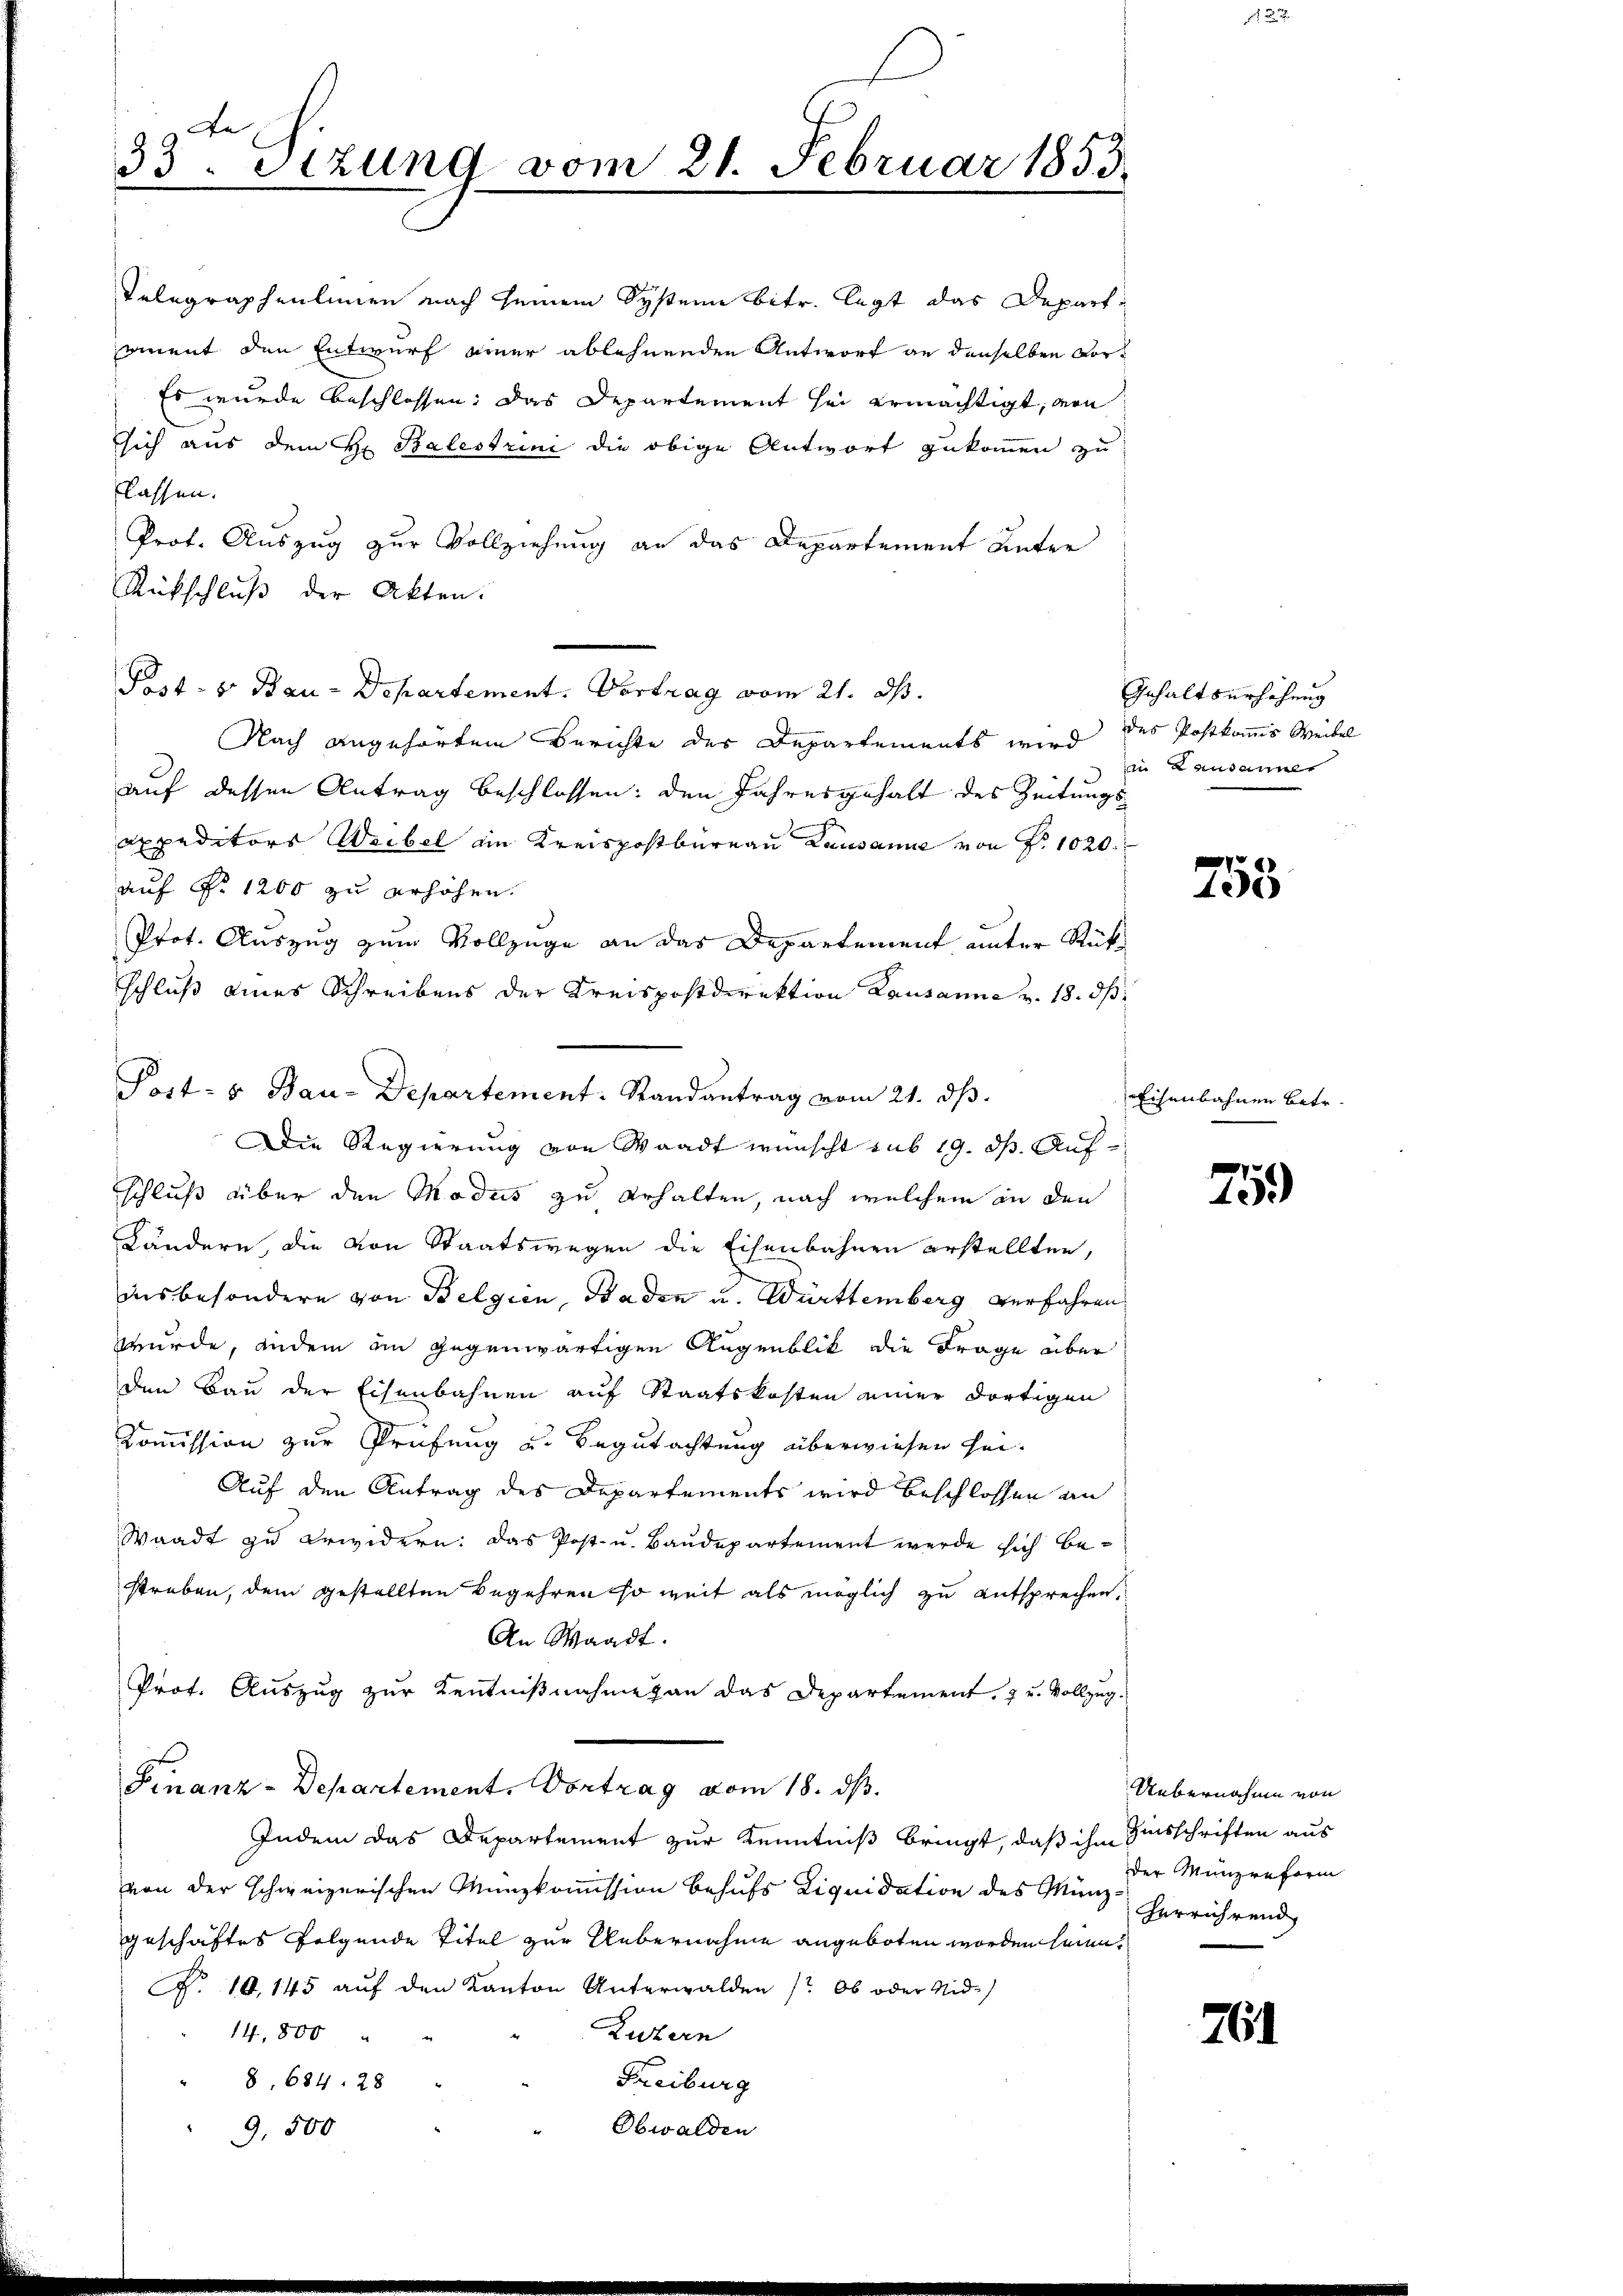
33. Stzung vom 21. Februar 1853.

Telegraphenlinien nach seinem System betr. legt das Departament den Entwurf einer ablehnenden Antwort an denselben vor¬
Es wurde beschlossen: das Departement sei ermächtigt, von
sich aus dem H. Balestrin die obige Antwort zukommen zu
lassen.
Prot. Auszug zur Vollziehung an das Departement Unter
Rückschluß der Akten.
Post- u Bau-Departement. Vertrag vom 21. ds.
Nach angehörten Berichte der Departements wird des Postkommis Weibel
auf dessen Antrag beschlossen: den Jahresgehalt des Zeitungs
expeditors Weibel ein Kreispostbureau Lausanne von Fr. 1020.
auf Fr. 1200 zu erhöhen.
Prot. Auszug zum Vollzüge an das Departement unter Rükschluß eines Schreibens der Kreispostdirektion Lausanne v. 18. ds.
Post- u Bau-Departement. Randantrag vom 21. ds.
Die Regierung von Waadt wünscht sub 19. ds. Aufschluß über den Modus zu erhalten, nach welchem an den
Kändern, die von Staatswegen die Eisenbahnen erstellten,
insbesondere von Belgien, Baden u. Württemberg verfahren
wurde, andem im gegenwärtigen Augenblik die Frage über
den Bau der Eisenbahnen auf Staatskosten einer dortigen
Commission zur Prüfung u. Begutachtung überwiesen sei¬
Auf den Antrag des Departements wird beschlossen an
Waadt zu erwidern: Das Post- u. Baudepartement werde sich bestreben, dem gestellten Begehren so weit als möglich zu entsprechen,
An Waadt.
Prof. Auszug zur Kenntnißnahme an das Departement, zu Vollzug.
Finanz-Departement, Vortrag vom 18. ds.
Indem das Departement zur Kenntniß bringt, daß ihn Zinsschriften aus
von der schweizerischen Münzkommission behufs Liquidation des Münzgeschäftes folgende Titel zur Uebernahme angeboten worden seien.
R. 10,145 auf den Kanton Unterwalden /: Ob oder Nid-
14,800
Luzern
Freiburg
8, 684. 28
Obwalden
9,500

Gehaltserhöhung
in Lausanner

753

Eisenbahnen betr.

75.)

Übernahme von
der Münzreform
herrührend

761